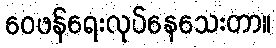
ဝေဖန်ရေးလုပ်နေသေးတာ။